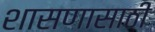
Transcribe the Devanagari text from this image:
शासणासाठी